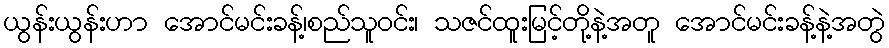
ယွန်းယွန်းဟာ အောင်မင်းခန့်၊စည်သူ၀င်း၊ သဇင်ထူးမြင့်တို့နဲ့အတူ အောင်မင်းခန့်နဲ့အတွဲ